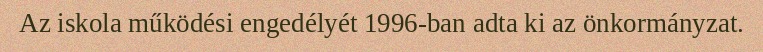
Az iskola működési engedélyét 1996-ban adta ki az önkormányzat.